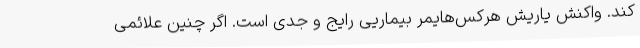
کند. واکنش یاریش هرکس‌هایمر بیماریی رایج و جدی است. اگر چنین علائمی